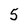
Character: 5